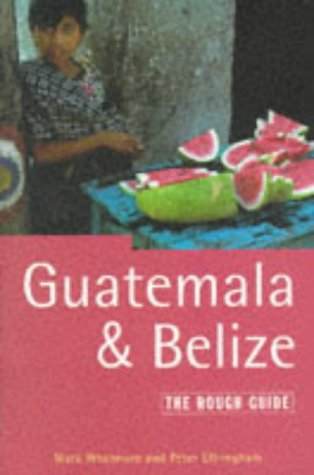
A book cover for Guatemala and Belize: The Rough Guide, Second Edition (Rough Guide Guatemala and Belize); Mark Whatmore; Travel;